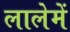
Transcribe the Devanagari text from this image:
लालेमें